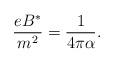
LaTeX: \begin{align*}\frac {e B^*} { m^2} = \frac {1} {4 \pi \alpha}.\end{align*}